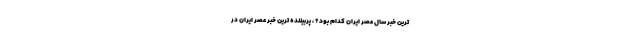
ترین خبر سال عصر ایران کدام بود؟ ، پربیننده ترین خبر عصر ایران در